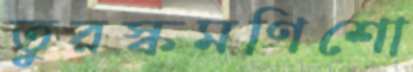
তুরস্কমণিশো